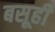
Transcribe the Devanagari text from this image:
बसूही